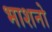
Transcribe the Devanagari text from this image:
भाशनो